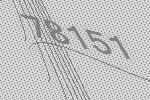
78151